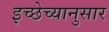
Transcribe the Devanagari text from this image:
इच्छेच्यानुसार